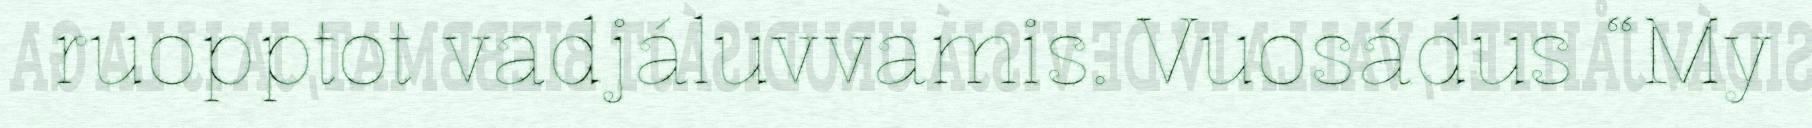
ruopptot vadjáluvvamis. Vuosádus “My